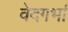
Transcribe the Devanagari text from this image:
वेदगर्भा